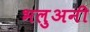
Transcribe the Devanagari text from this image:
भलुअनी